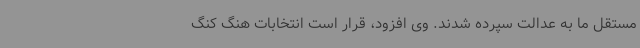
مستقل ما به عدالت سپرده شدند. وی افزود، قرار است انتخابات هنگ کنگ